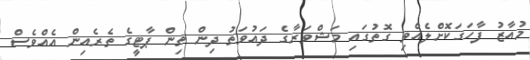
މުއާޒު ފާހަގަކޮށްލެއްވި ގޮތުގައި މަޝްވަރާގެ ދައުވަތު ދިން ތިން ޕާޓީގެ ތެެރެއިން އެއްވެސް